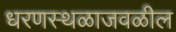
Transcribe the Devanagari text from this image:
धरणस्थळाजवळील